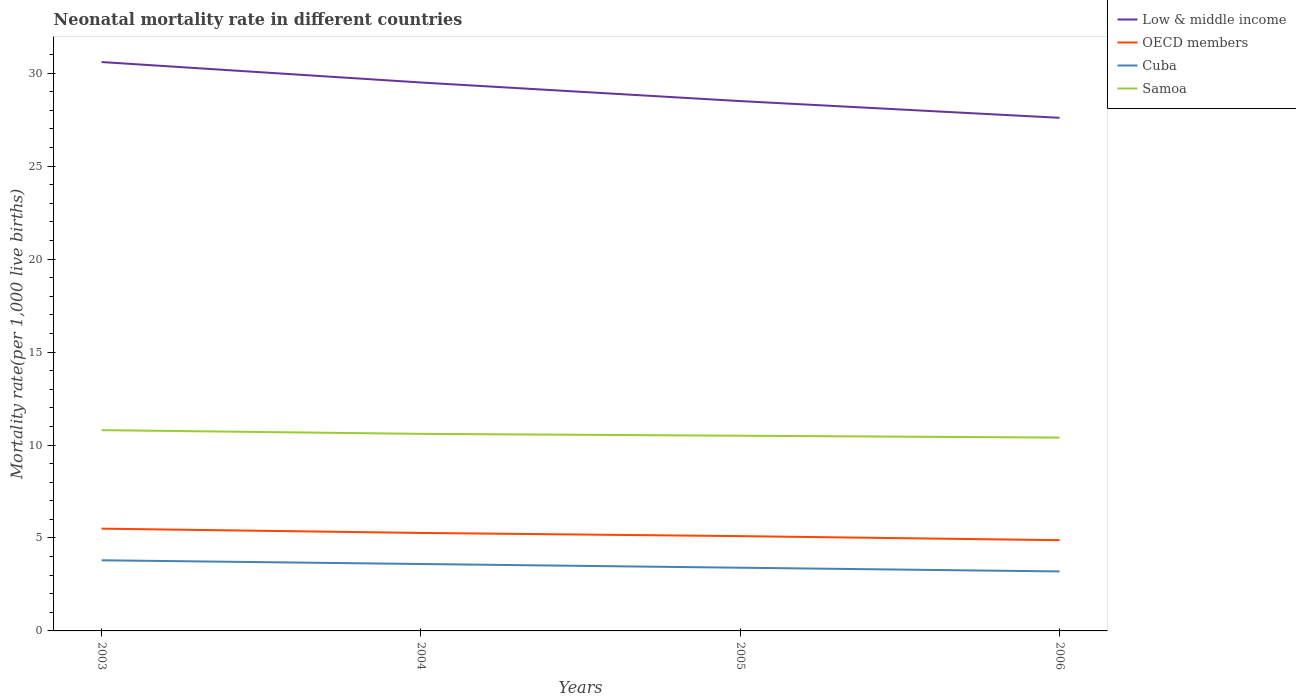
| Years | Low & middle income | OECD members | Cuba | Samoa |
 | --- | --- | --- | --- | --- |
 | 2003 | 30.6 | 5.5 | 3.8 | 10.8 |
 | 2004 | 29.5 | 5.27 | 3.6 | 10.6 |
 | 2005 | 28.5 | 5.1 | 3.4 | 10.5 |
 | 2006 | 27.6 | 4.88 | 3.2 | 10.4 |